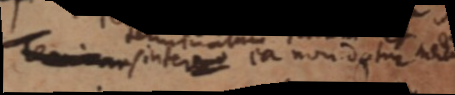
Terminans inter ea non datur mod